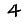
Digit: 4